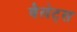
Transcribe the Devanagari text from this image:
बैलेट्स